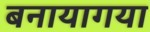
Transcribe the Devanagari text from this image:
बनायागया